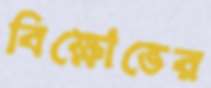
বিক্ষোভের